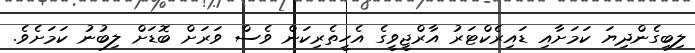
ލިބިގެންދިޔަ ކަމަށާއި ޑައިރެކްޓަރު އާރްޖީވީގެ އެހީތެރިކަން ވެސް ވަރަށް ބޮޑަށް ލިބުނު ކަމަށެވެ.